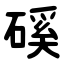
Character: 磎